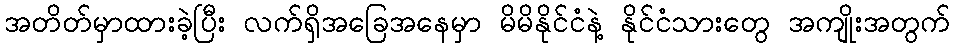
အတိတ်မှာထားခဲ့ပြီး လက်ရှိအခြေအနေမှာ မိမိနိုင်ငံနဲ့ နိုင်ငံသားတွေ အကျိုးအတွက်